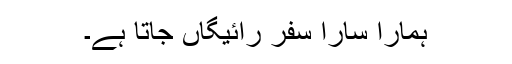
ہمارا سارا سفر رائیگاں جاتا ہے۔